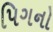
પિગનો